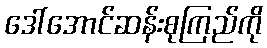
ဒေါ်အောင်ဆန်းစုကြည်ကို